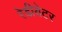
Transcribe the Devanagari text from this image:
रेडीयेटर